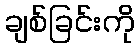
ချစ်ခြင်းကို